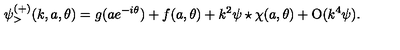
\psi _ { > } ^ { ( + ) } ( k , a , \theta ) = g ( a e ^ { - i \theta } ) + f ( a , \theta ) + k ^ { 2 } \psi \star \chi ( a , \theta ) + \mathrm { O } ( k ^ { 4 } \psi ) .